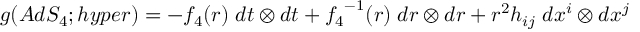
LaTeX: g ( A d S _ { 4 } ; h y p e r ) = - { f _ { 4 } } ( r ) \; d t \otimes d t + { f _ { 4 } } ^ { - 1 } ( r ) \; d r \otimes d r + r ^ { 2 } h _ { i j } \; d x ^ { i } \otimes d x ^ { j }